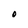
Character: O